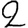
Digit: 2